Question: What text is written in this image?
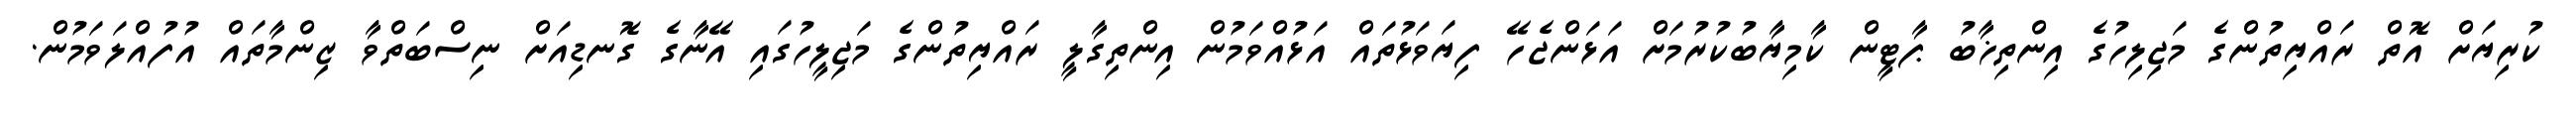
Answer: ކުރިޔަށް އޮތް ރައްޔިތުންގެ މަޖިލިހުގެ އިންތިޚާބު ޕާޓީން ކާމިޔާބުކުރުމަށް އަޅަންޖެހޭ ފިޔަވަޅުތައް އަޅުއްވަމުން އިންތިގާލީ ރައްޔިތުންގެ މަޖިލީހުގައި އޭނާގެ ގޮނޑިއަށް ނިސްބަތްވާ ޒިންމާތައް އުފުއްލަވަމުން.